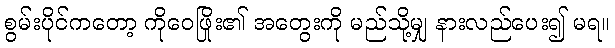
စွမ်းပိုင်ကတော့ ကိုဝေဖြိုး၏ အတွေးကို မည်သို့မျှ နားလည်ပေး၍ မရ။